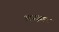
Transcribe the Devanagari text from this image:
अपद्रव्यण